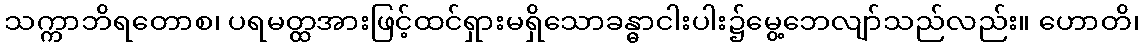
သက္ကာဘိရတောစ၊ ပရမတ္ထအားဖြင့်ထင်ရှားမရှိသောခန္ဓာငါးပါး၌မွေ့ဘေလျာ်သည်လည်း။ ဟောတိ၊